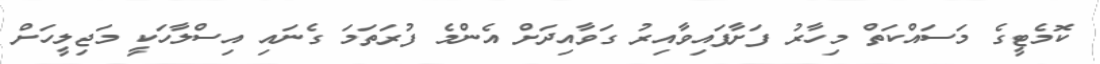
ކޮމެޓީގެ މަސައްކަތް މިހާރު ފަށާފައިވާއިރު ގަވާއިދަށް އެންމެ ފުރަތަމަ ގެނައި އިސްލާހަކީ މަޖިލީހަށް